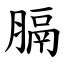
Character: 膈